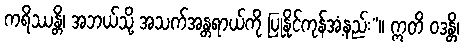
ကရိဿန္တိ၊ အဘယ်သို့ အသက်အန္တရာယ်ကို ပြုနိုင်ကုန်အံ့နည်း”။ ဣတိ ဝဒန္တိ၊